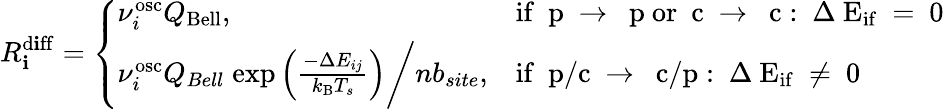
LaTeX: R_{\mathbf{i}}^{\mathrm{{{d\mathbf{i}ff}}}}=\left\{ \begin{array}{ll}{\nu_{i}^{\mathrm{osc}}Q_{\mathrm{{Bell}}},}&{\mathrm{if~{\mathbf~p}~\rightarrow~{\mathbf~p}~or~{\mathbf~c}~\rightarrow~{\mathbf~c}:~\Delta~E_{if}~=~0~}}\\ {\nu_{i}^{\mathrm{osc}}Q_{Bell}\; \mathrm{exp}\left(\frac{-\Delta E_{ij}}{k_{\mathrm{{B}}}T_{s}}\right)\bigg/nb_{site},}&{\mathrm{if~{\mathbf~p/c}~\rightarrow~{\mathbf~c/p}:~\Delta~E_{if}~\ne~0~}}\end{array}\right.